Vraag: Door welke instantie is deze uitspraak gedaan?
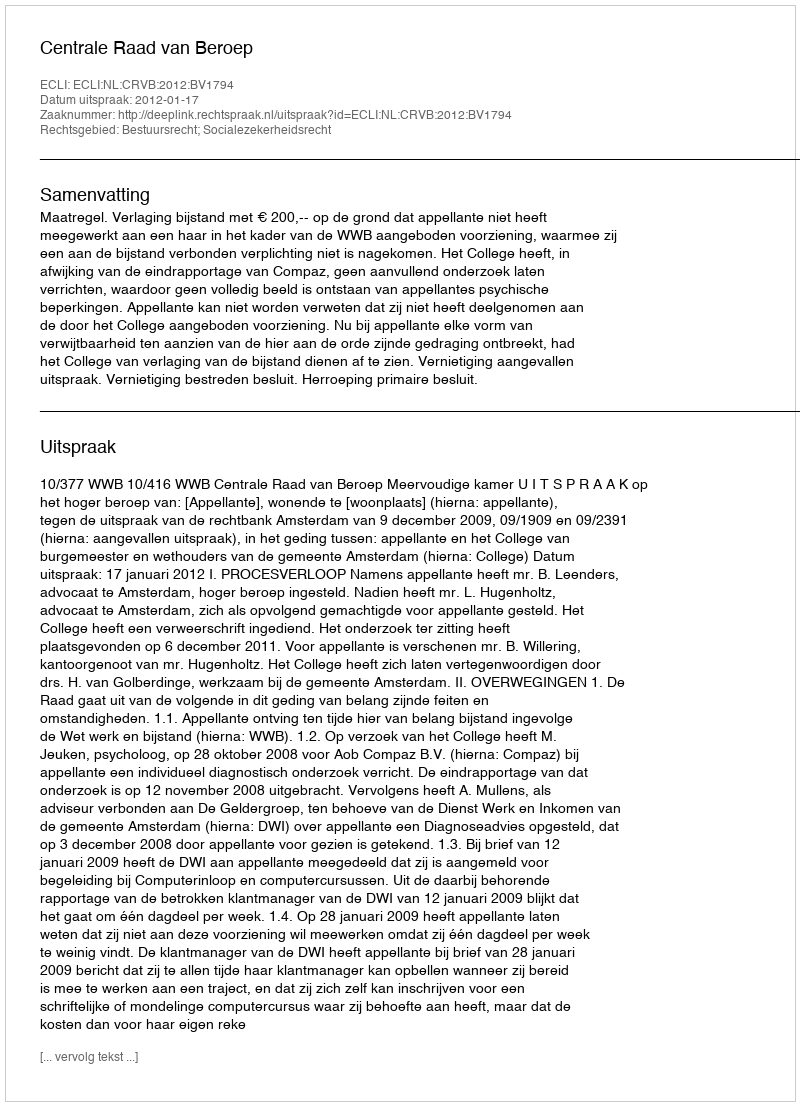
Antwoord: Centrale Raad van Beroep